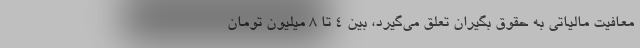
معافیت مالیاتی به حقوق بگیران تعلق می‌گیرد، بین ۴ تا ۸ میلیون تومان